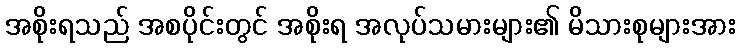
အစိုးရသည် အစပိုင်းတွင် အစိုးရ အလုပ်သမားများ၏ မိသားစုများအား